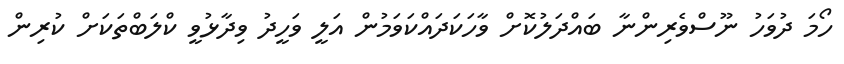
ހޯމަ ދުވަހު ނޫސްވެރިންނާ ބައްދަލުކޮށް ވާހަކަދައްކަވަމުން އަލީ ވަހީދު ވިދާޅުވީ ކްލަބްތަކަށް ކުރިން